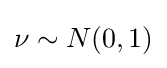
\displaystyle \nu \sim N(0,1)